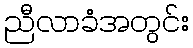
ညီလာခံအတွင်း